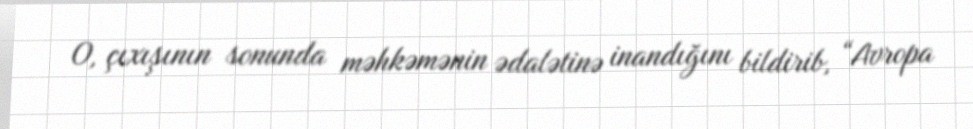
O, çıxışının sonunda məhkəmənin ədalətinə inandığını bildirib, “Avropa